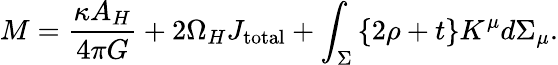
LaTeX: M={\frac{\kappa A_{H}}{4\pi G}}+2\Omega_{H}J_{\mathrm{total}}+\int_{\Sigma}\left\{ 2\rho+t\right\} K^{\mu}d\Sigma_{\mu}.